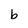
Character: b